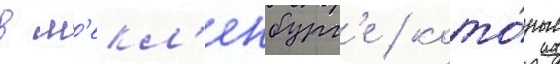
в м'екл'енбург'е / кото́рые